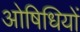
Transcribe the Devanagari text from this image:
ओषिधियों